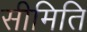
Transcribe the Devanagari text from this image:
सीमिति